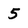
Character: 5